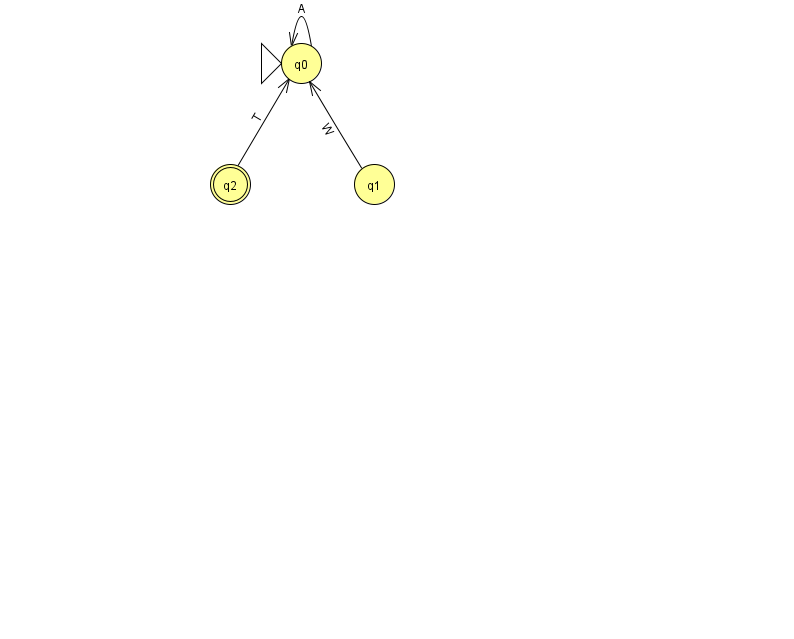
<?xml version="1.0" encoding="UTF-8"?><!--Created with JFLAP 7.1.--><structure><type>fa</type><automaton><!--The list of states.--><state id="0" name="q0"><x>301.0</x><y>50.0</y><initial/></state><state id="1" name="q1"><x>374.0</x><y>171.0</y></state><state id="2" name="q2"><x>230.0</x><y>171.0</y><final/></state><!--The list of transitions.--><transition><from>0</from><to>0</to><read>A</read></transition><transition><from>1</from><to>0</to><read>W</read></transition><transition><from>2</from><to>0</to><read>T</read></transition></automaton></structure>